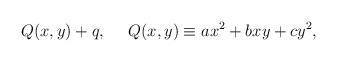
LaTeX: \begin{align*}Q(x,y)+q, \ \ \ \ Q(x,y) \equiv ax^2+bxy+cy^2,\end{align*}